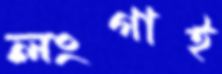
লংগাই